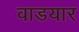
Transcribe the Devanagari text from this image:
वाडयार